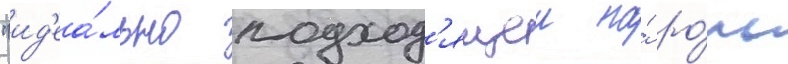
"ид'еа́льно подход'ящеи на́ ро́ль